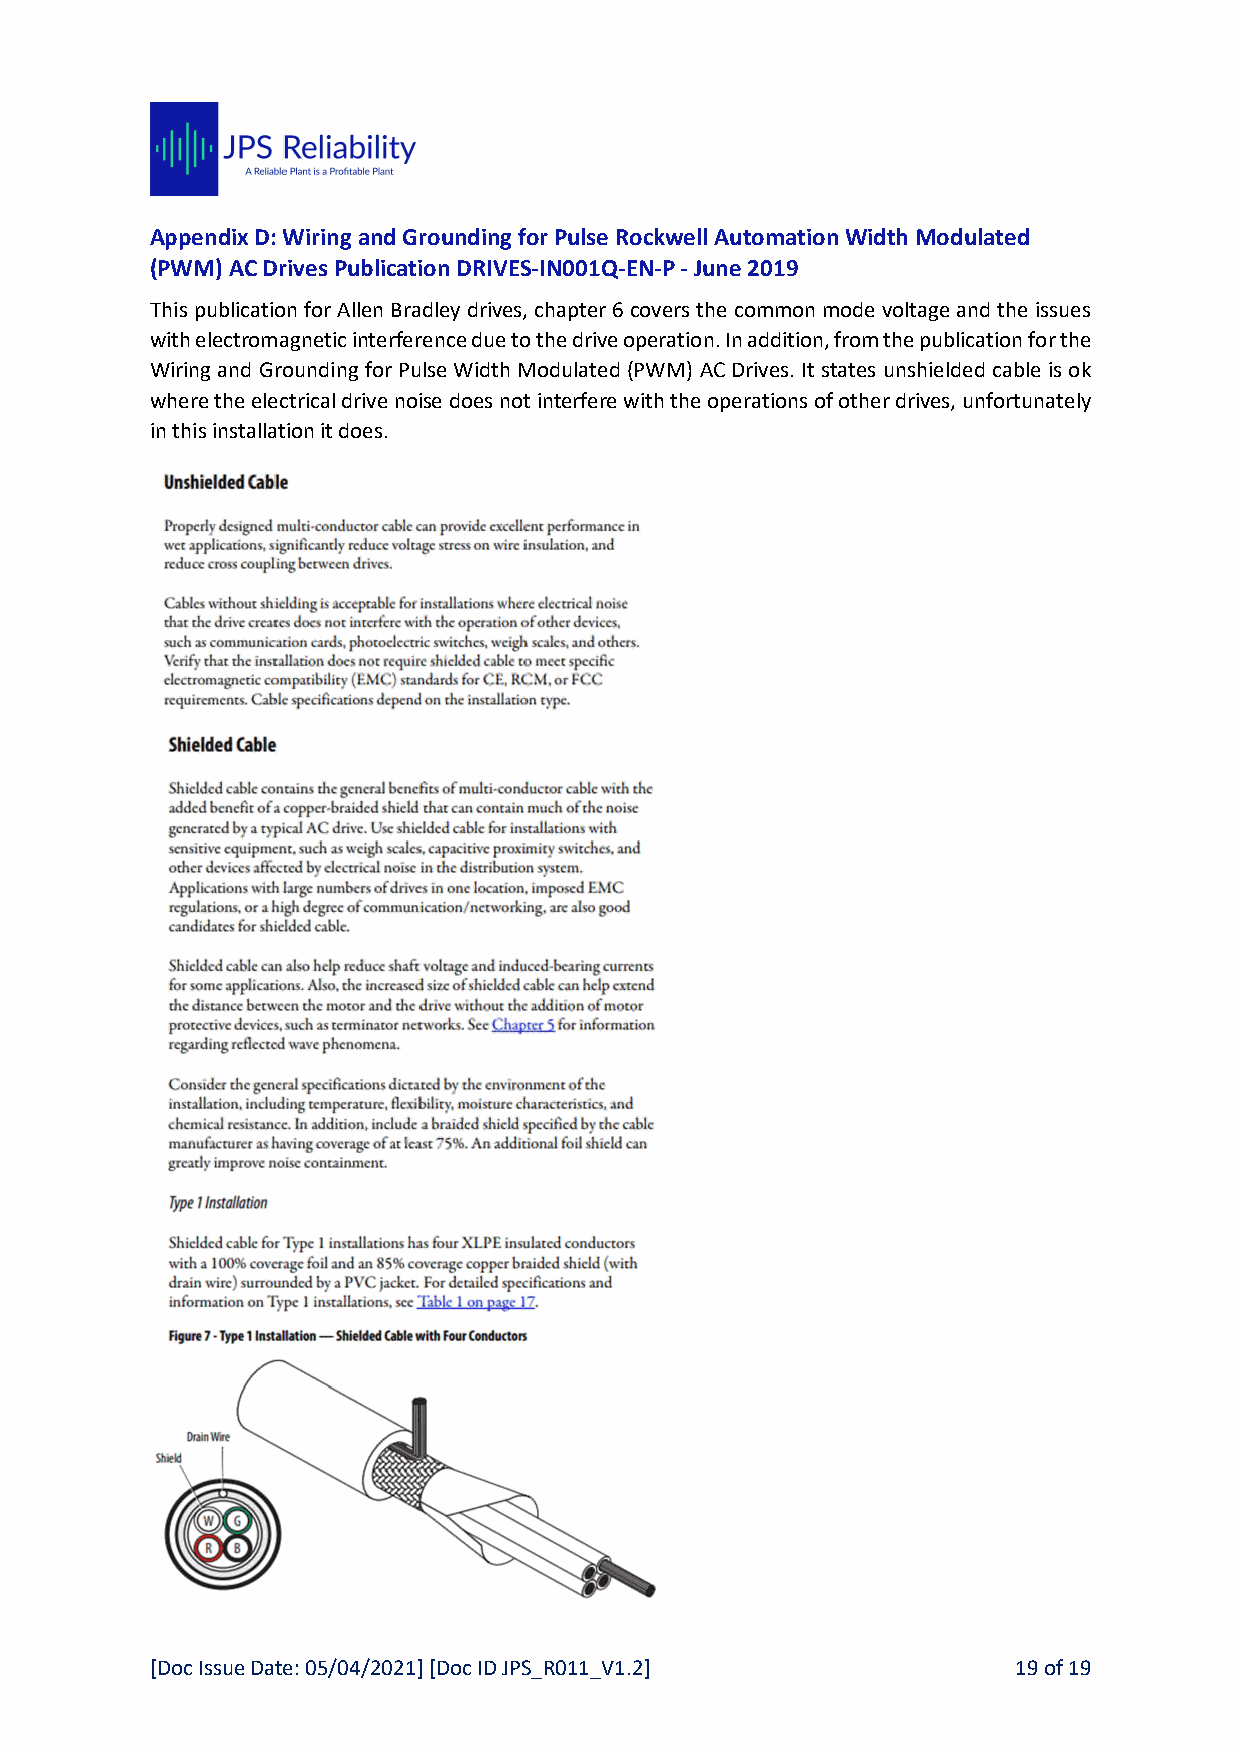
Appendix D: Wiring and Grounding for Pulse Rockwell Automation Width Modulated
 (PWM) AC Drives Publication DRIVES-IN001Q-EN-P - June 2019
 This publication for Allen Bradley drives, chapter 6 covers the common mode voltage and the issues
 with electromagnetic interference due to the drive operation. In addition, from the publication for the
 Wiring and Grounding for Pulse Width Modulated (PWM) AC Drives. It states unshielded cable is ok
 where the electrical drive noise does not interfere with the operations of other drives, unfortunately
 in this installation it does.
 [Doc Issue Date: 05/04/2021] [Doc ID JPS_R011_V1.2]      19 of 19